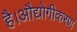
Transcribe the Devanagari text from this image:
है।औद्योगीकरण